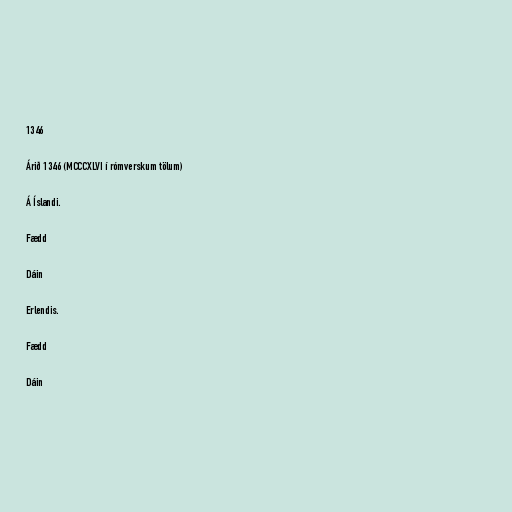
1346

Árið 1346 (MCCCXLVI í rómverskum tölum)

Á Íslandi.

Fædd

Dáin

Erlendis.

Fædd

Dáin